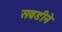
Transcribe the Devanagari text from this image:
सवडीने